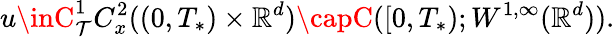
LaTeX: u\inC_{\mathcal{T}}^{1}C_{x}^{2}((0,T_{*})\times\mathbb{{R}}^{d})\capC([0,T_{*});W^{1,\infty}(\mathbb{{R}}^{d})).